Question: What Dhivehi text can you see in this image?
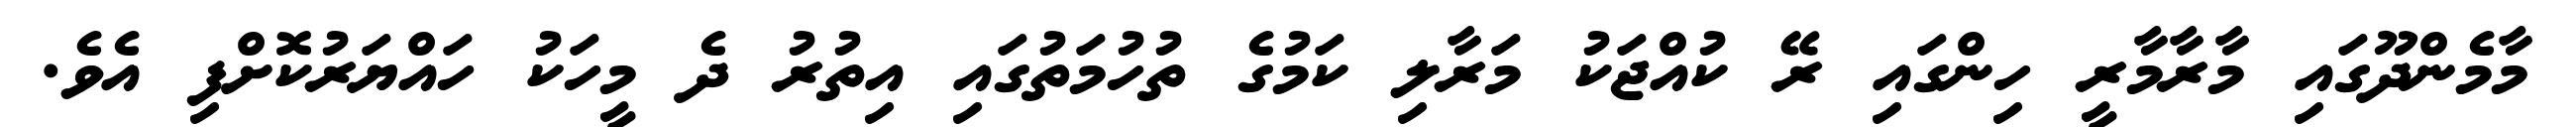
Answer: މާމެންދޫގައި މާރާމާރީ ހިންގައި ރޭ ކުއްޖަކު މަރާލި ކަމުގެ ތުހުމަތުގައި އިތުރު ދެ މީހަކު ހައްޔަރުކޮށްފި އެވެ.